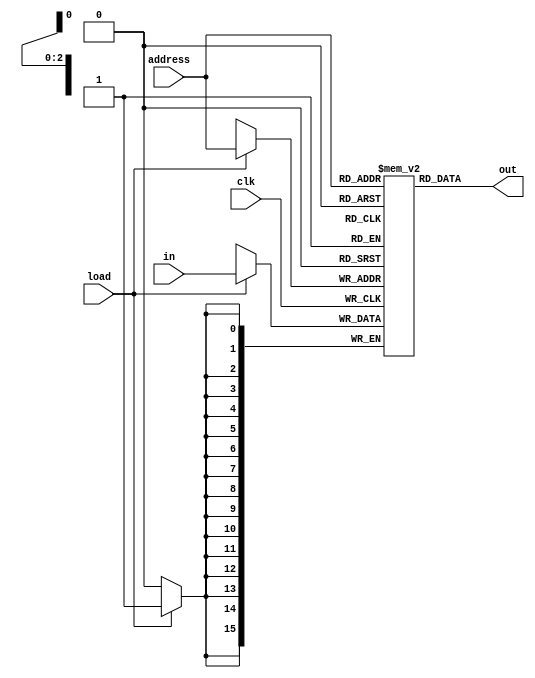
module RAM #(
  parameter width = 16,
  parameter k = 3 // k = log2(size)
) (
  input wire clk, load,
  input wire [width-1:0] in,
  input wire [k-1:0] address,
  output wire [width-1:0] out
);

reg [width-1:0] ram[2**k-1:0];

always @(posedge clk) begin
  if (load == 1'b1) begin
    ram[address] <= in;
  end
end

assign out = ram[address];

endmodule